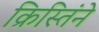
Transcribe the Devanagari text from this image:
क्रिस्तिंने